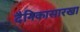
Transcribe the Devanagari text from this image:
दैनिकासारखा